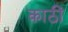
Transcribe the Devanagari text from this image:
काठीं